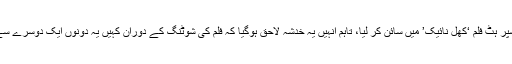
اسی دور میں ڈائریکٹر سبھاش گھائی نے دونوں کو سپر ہٹ فلم ‘کھل نائیک’ میں سائن کر لیا، تاہم انہیں یہ خدشہ لاحق ہوگیا کہ فلم کی شوٹنگ کے دوران کہیں یہ دونوں ایک دوسرے سے شادی نہ کرلیں یا پھر مادھوری حاملہ نہ ہو جائیں۔